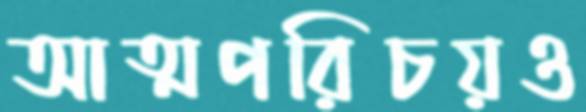
আত্মপরিচয়ও